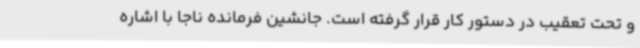
و تحت تعقیب در دستور کار قرار گرفته است. جانشین فرمانده ناجا با اشاره